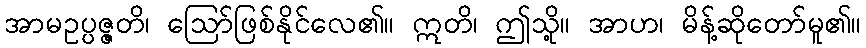
အာမဥပ္ပဇ္ဇတိ၊ ဩော်ဖြစ်နိုင်လေ၏။ ဣတိ၊ ဤသို့။ အာဟ၊ မိန့်ဆိုတော်မူ၏။